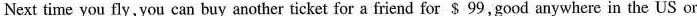
Next time you fly,you can buy another ticket for a friend for $ 99,good anywhere in the US or